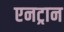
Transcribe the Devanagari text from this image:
एनट्रान